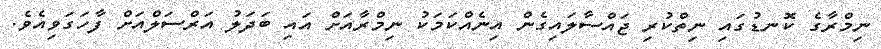
ނިމްރާގެ ކޮނޑުގައި ނިތްކުރި ޖައްސާލައިގެން އިނެއްކަމަކު ނިމްރާއަށް އައި ބަދަލު އަރްސަލްއަށް ފާހަގަވިއެވެ.